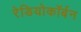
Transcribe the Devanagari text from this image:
रेडियोकॉर्बन